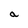
Character: a